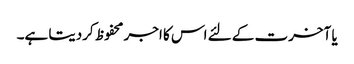
یا آخرت کے لئے اس کا اجر محفوظ کردیتا ہے۔